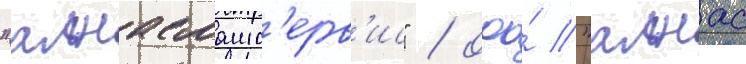
"алнасмашс'ерв'ис" / ооо́ "алнас